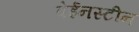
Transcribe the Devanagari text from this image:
वेईनस्टीन